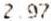
2.97